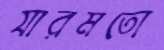
যারমতো